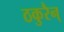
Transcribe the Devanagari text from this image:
ठकुरैन्